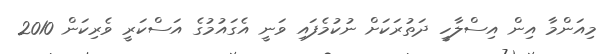
މިއަންމާ އިން އިސްލާހީ ދަތުރަކަށް ނުކުމެފައި ވަނީ އެގައުމުގެ އަސްކަރީ ވެރިކަން 2010